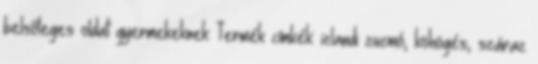
belsőleges oldat gyermekeknek Termék címkék: izlandi zuzmó, köhögés, száraz